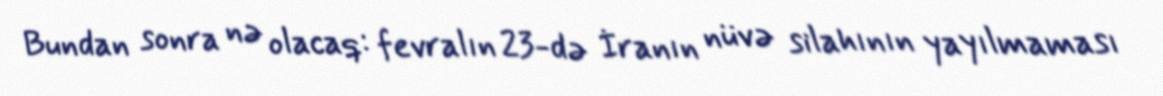
Bundan sonra nə olacaq: fevralın 23-də İranın nüvə silahının yayılmaması